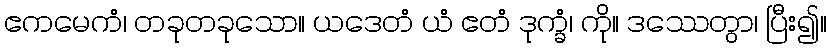
ဧကမေကံ၊ တခုတခုသော။ ယဒေတံ ယံ ဧတံ ဒုက္ခံ၊ ကို။ ဒဿေတွာ၊ ပြီး၍။